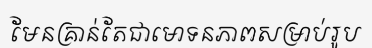
មែនគ្រាន់តែជាមោទនភាពសម្រាប់រូប